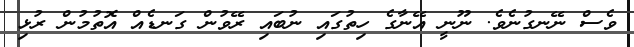
ވެސް ނޭނގުނެވެ. ނޫނީ އޭނާގެ ހިތުގައި ނުބައި ރޭވުން ގަނޑެއް އޮތުމުން ރުޅި